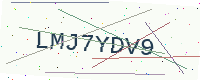
Text: LMJ7YDV9